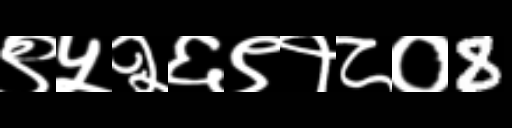
Text: ९५२६९१८०8